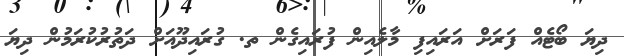
ދިޔަ ބޯޓެއް ފަރަށް އަރައިފި މާލެއިން ފުރައިގެން ތ. ގުރައިދޫއަށް ދަތުރުކުރަމުން ދިޔަ